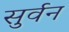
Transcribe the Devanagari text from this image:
सुर्वन